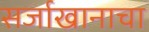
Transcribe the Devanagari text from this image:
सर्जाखानाचा